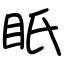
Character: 眂